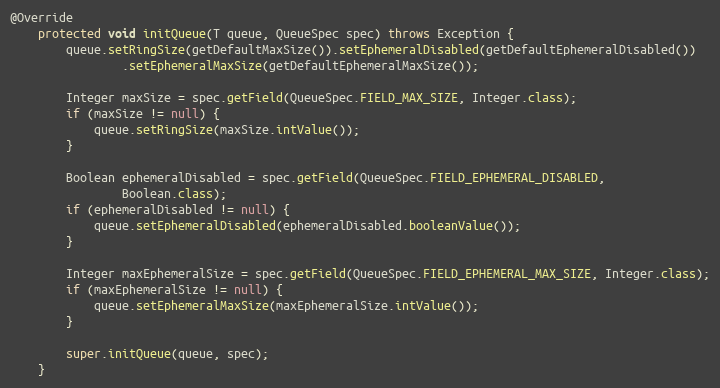
Language: Java
@Override
    protected void initQueue(T queue, QueueSpec spec) throws Exception {
        queue.setRingSize(getDefaultMaxSize()).setEphemeralDisabled(getDefaultEphemeralDisabled())
                .setEphemeralMaxSize(getDefaultEphemeralMaxSize());

        Integer maxSize = spec.getField(QueueSpec.FIELD_MAX_SIZE, Integer.class);
        if (maxSize != null) {
            queue.setRingSize(maxSize.intValue());
        }

        Boolean ephemeralDisabled = spec.getField(QueueSpec.FIELD_EPHEMERAL_DISABLED,
                Boolean.class);
        if (ephemeralDisabled != null) {
            queue.setEphemeralDisabled(ephemeralDisabled.booleanValue());
        }

        Integer maxEphemeralSize = spec.getField(QueueSpec.FIELD_EPHEMERAL_MAX_SIZE, Integer.class);
        if (maxEphemeralSize != null) {
            queue.setEphemeralMaxSize(maxEphemeralSize.intValue());
        }

        super.initQueue(queue, spec);
    }